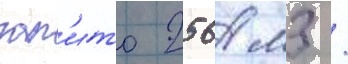
зал'ито 256 м3 /